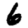
Digit: 6